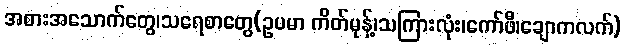
အစားအသောက်တွေ၊သရေစာတွေ(ဥပမာ ကိတ်မုန့်၊သကြားလုံး၊ကော်ဖီ၊ချောကလက်)